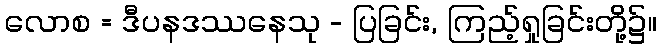
လောစ = ဒီပနဒဿနေသု - ပြခြင်း, ကြည့်ရှုခြင်းတို့၌။